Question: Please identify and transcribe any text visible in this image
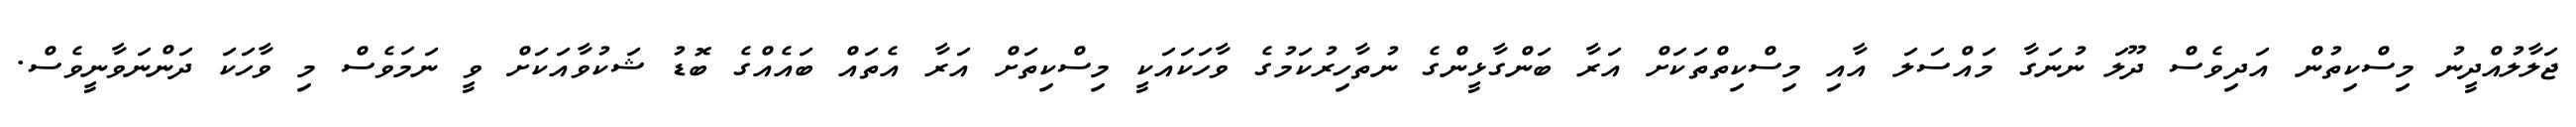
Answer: ޖަލާލުއްދީނު މިސްކިތުން އަދިވެސް ދޫލަ ނުނަގާ މައްސަލަ އާއި މިސްކިތްތަކަށް އަރާ ބަންގާޅީންގެ ނުތާހިރުކަމުގެ ވާހަކައަކީ މިސްކިތަށް އަރާ އެތައް ބައެއްގެ ބޮޑު ޝަކުވާއަކަށް ވީ ނަމަވެސް މި ވާހަކަ ދަންނަވާނީވެސް.